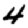
Digit: 4